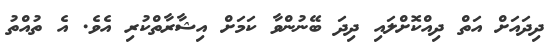
ދިދައަށް އަތް ދިއްކޮށްލައި ދިދަ ބޭނުންވާ ކަމަށް އިޝާރާތްކުރި އެވެ. އެ ތުއްތު